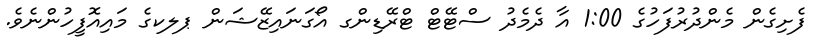
ފެށިގެން މެންދުރުފަހުގެ 1:00 އާ ދެމެދު ސްޓޭޓް ޓްރޭޑިންގ އޯގަނައިޒޭޝަން ޕލކގެ މައިއޮފީހުންނެވެ.